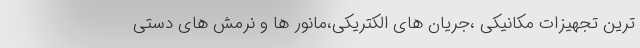
ترین تجهیزات مکانیکی ،جریان های الکتریکی،مانور ها و نرمش های دستی